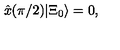
\hat { x } ( \pi / 2 ) | { \Xi } _ { 0 } \rangle = 0 ,